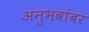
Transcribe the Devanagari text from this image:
अनुभवांबर